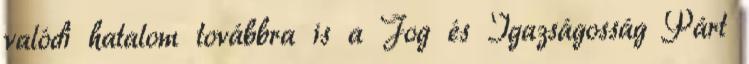
valódi hatalom továbbra is a Jog és Igazságosság Párt